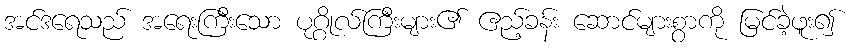
အင်ဒရေသည် အရေးကြီးသော ပုဂ္ဂိုလ်ကြီးများ၏ ဧည့်ခန်း ဆောင်များစွာကို မြင်ခဲ့ဖူး၍